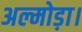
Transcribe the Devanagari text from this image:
अल्मोड़ा।